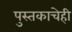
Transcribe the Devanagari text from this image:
पुस्तकाचेही